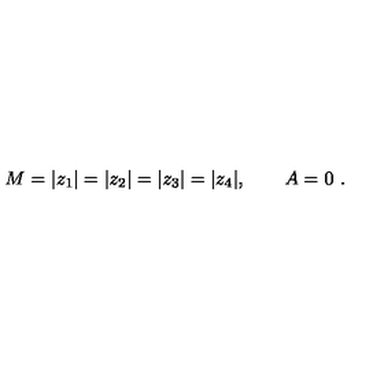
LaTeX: M = | z _ { 1 } | = | z _ { 2 } | = | z _ { 3 } | = | z _ { 4 } | , \qquad A = 0 \ .